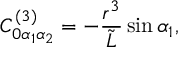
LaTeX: C _ { 0 \alpha _ { 1 } \alpha _ { 2 } } ^ { ( 3 ) } = - \frac { r ^ { 3 } } { { \tilde { L } } } \sin { \alpha _ { 1 } } ,